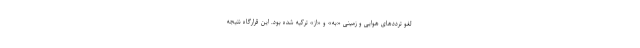
لغو ترددهای هوایی و زمینی «به» و «از» ترکیه شده بود. این قرارگاه نتیجه